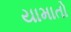
યામાતો